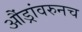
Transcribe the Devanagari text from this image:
औंड्रांवरुनच